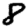
Digit: 8